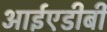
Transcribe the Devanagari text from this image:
आईएडीबी